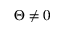
\Theta \ne 0